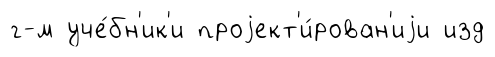
г-м уче́бн'ик'и проjект'и́рован'иjи изд